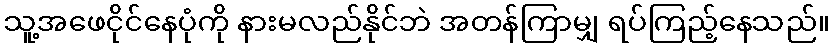
သူ့အဖေငိုင်နေပုံကို နားမလည်နိုင်ဘဲ အတန်ကြာမျှ ရပ်ကြည့်နေသည်။